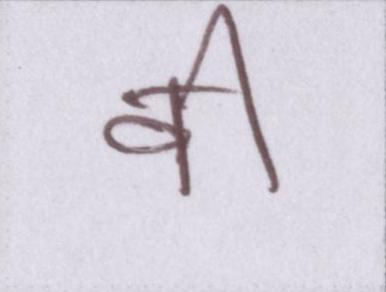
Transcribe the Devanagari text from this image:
वी